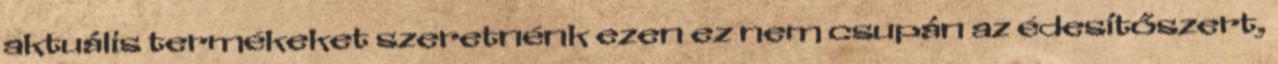
aktuális termékeket szeretnénk ezen ez nem csupán az édesítőszert,